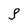
Character: S